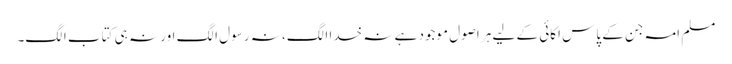
مسلم امہ جن کے پاس اکائی کے لیے ہر اصول موجود ہے نہ خدا الگ، نہ رسول الگ اور نہ ہی کتاب الگ۔